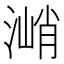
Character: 㴥